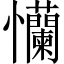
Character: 𢦂